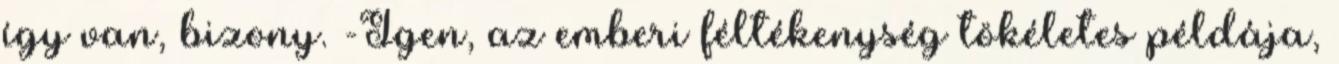
így van, bizony. -Igen, az emberi féltékenység tökéletes példája,